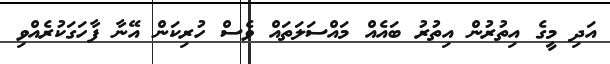
އަދި މީގެ އިތުރުން އިތުރު ބައެއް މައްސަލަތައް ވެސް ހުރިކަން އޭނާ ފާހަގަކުރެއްވި